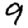
Digit: 9